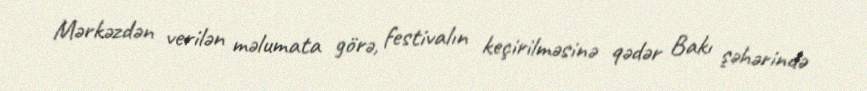
Mərkəzdən verilən məlumata görə, festivalın keçirilməsinə qədər Bakı şəhərində